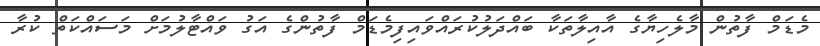
މެޑަމް ފާތުން މާލެހިޔާގެ އާއިލާތަކާ ބައްދަލުކުރައްވައިފިމެޑަމް ފާތުންގެ އަގު ވައްޓާލުމަށް މަސައްކަތް ކުރާ